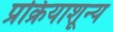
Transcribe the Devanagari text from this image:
प्रक्रियाशून्‍य